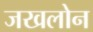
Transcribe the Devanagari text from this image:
जखलोन